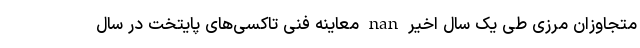
متجاوزان مرزی طی یک سال اخیر nan معاینه فنی تاکسی‌های پایتخت در سال